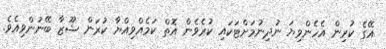
އޭގެ ކުރިން އެހެންވިޔަ ނުދިނުމަށްޓަކައި ކުރެވެން އޮތް ކަމެއްވިއްޔާ ކުރަން ޝޫޒާ ބޭނުންވިއެވެ.